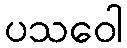
ပသဝေါ